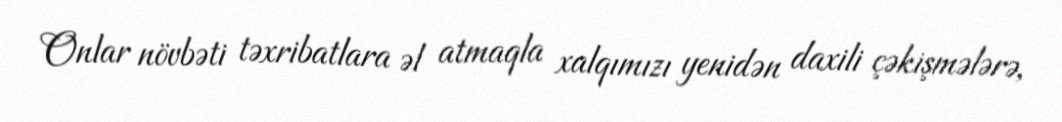
Onlar növbəti təxribatlara əl atmaqla xalqımızı yenidən daxili çəkişmələrə,